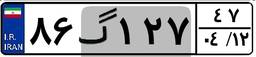
۸۶گ۱۲۷۴۷